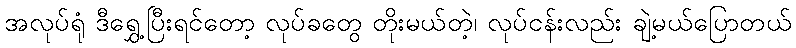
အလုပ်ရုံ ဒီရွှေ့ပြီးရင်တော့ လုပ်ခတွေ တိုးမယ်တဲ့၊ လုပ်ငန်းလည်း ချဲ့မယ်ပြောတယ်